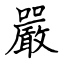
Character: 嚴